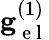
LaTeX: \mathbf{g}_{\mathrm{~e~l~}}^{(1)}